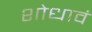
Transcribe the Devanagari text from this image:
शोधावं